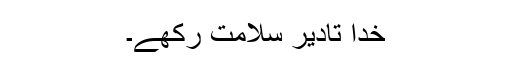
خدا تادیر سلامت رکھے۔